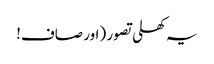
یہ کھلی تصور (اور صاف!